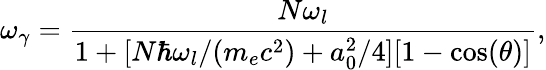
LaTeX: \omega_{\gamma}=\frac{N\omega_{l}}{1+[N\hbar\omega_{l}/(m_{e}c^{2})+a_{0}^{2}/4][1-\cos(\theta)]},